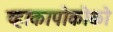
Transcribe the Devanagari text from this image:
व्हाकापोकोको